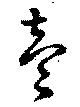
壹